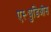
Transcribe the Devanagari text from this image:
एस्ट्युडिओस